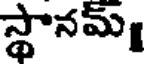
స్థానమ్